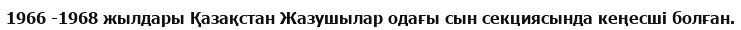
1966 -1968 жылдары Қазақстан Жазушылар одағы сын секциясында кеңесші болған.